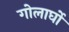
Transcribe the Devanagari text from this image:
गोलार्घो